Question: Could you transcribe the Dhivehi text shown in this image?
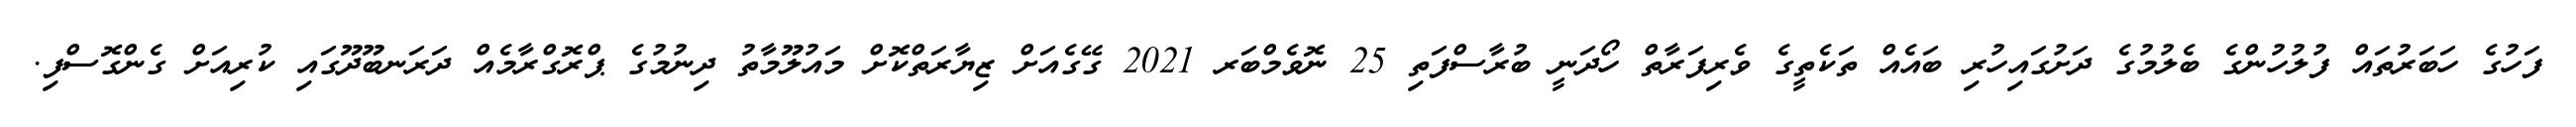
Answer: ފަހުގެ ހަބަރުތައް ފުލުހުންގެ ބެލުމުގެ ދަށުގައިހުރި ބައެއް ތަކެތީގެ ވެރިފަރާތް ހޯދަނީ ބުރާސްފަތި 25 ނޮވެމްބަރ 2021 ގޭގެއަށް ޒިޔާރަތްކޮށް މައުލޫމާތު ދިނުމުގެ ޕްރޮގްރާމެއް ދަރަނބޫދޫގައި ކުރިއަށް ގެންގޮސްފި.